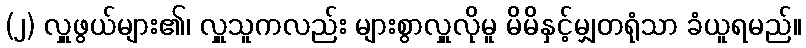
(၂) လှူဖွယ်များ၏၊ လှူသူကလည်း များစွာလှူလိုမူ မိမိနှင့်မျှတရုံသာ ခံယူရမည်။